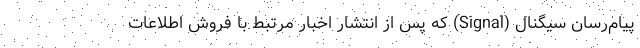
پیام‌رسان سیگنال (Signal) که پس از انتشار اخبار مرتبط با فروش اطلاعات